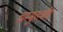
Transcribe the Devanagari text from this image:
चम्मुख्बीर